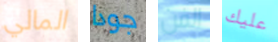
المالي جودا الفن عليك